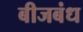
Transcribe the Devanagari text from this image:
बीजबंध